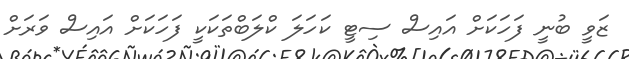
ޒަވީ ބުނީ ފަހަކަށް އައިސް ސިޓީ ކަހަަލަ ކްލަބްތަކަކީ ފަހަކަށް އައިސް ވަރަށް